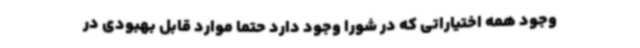
وجود همه اختیاراتی که در شورا وجود دارد حتما موارد قابل بهبودی در